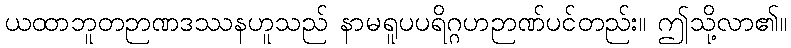
ယထာဘူတဉာဏဒဿနဟူသည် နာမရူပပရိဂ္ဂဟဉာဏ်ပင်တည်း။ ဤသို့လာ၏။